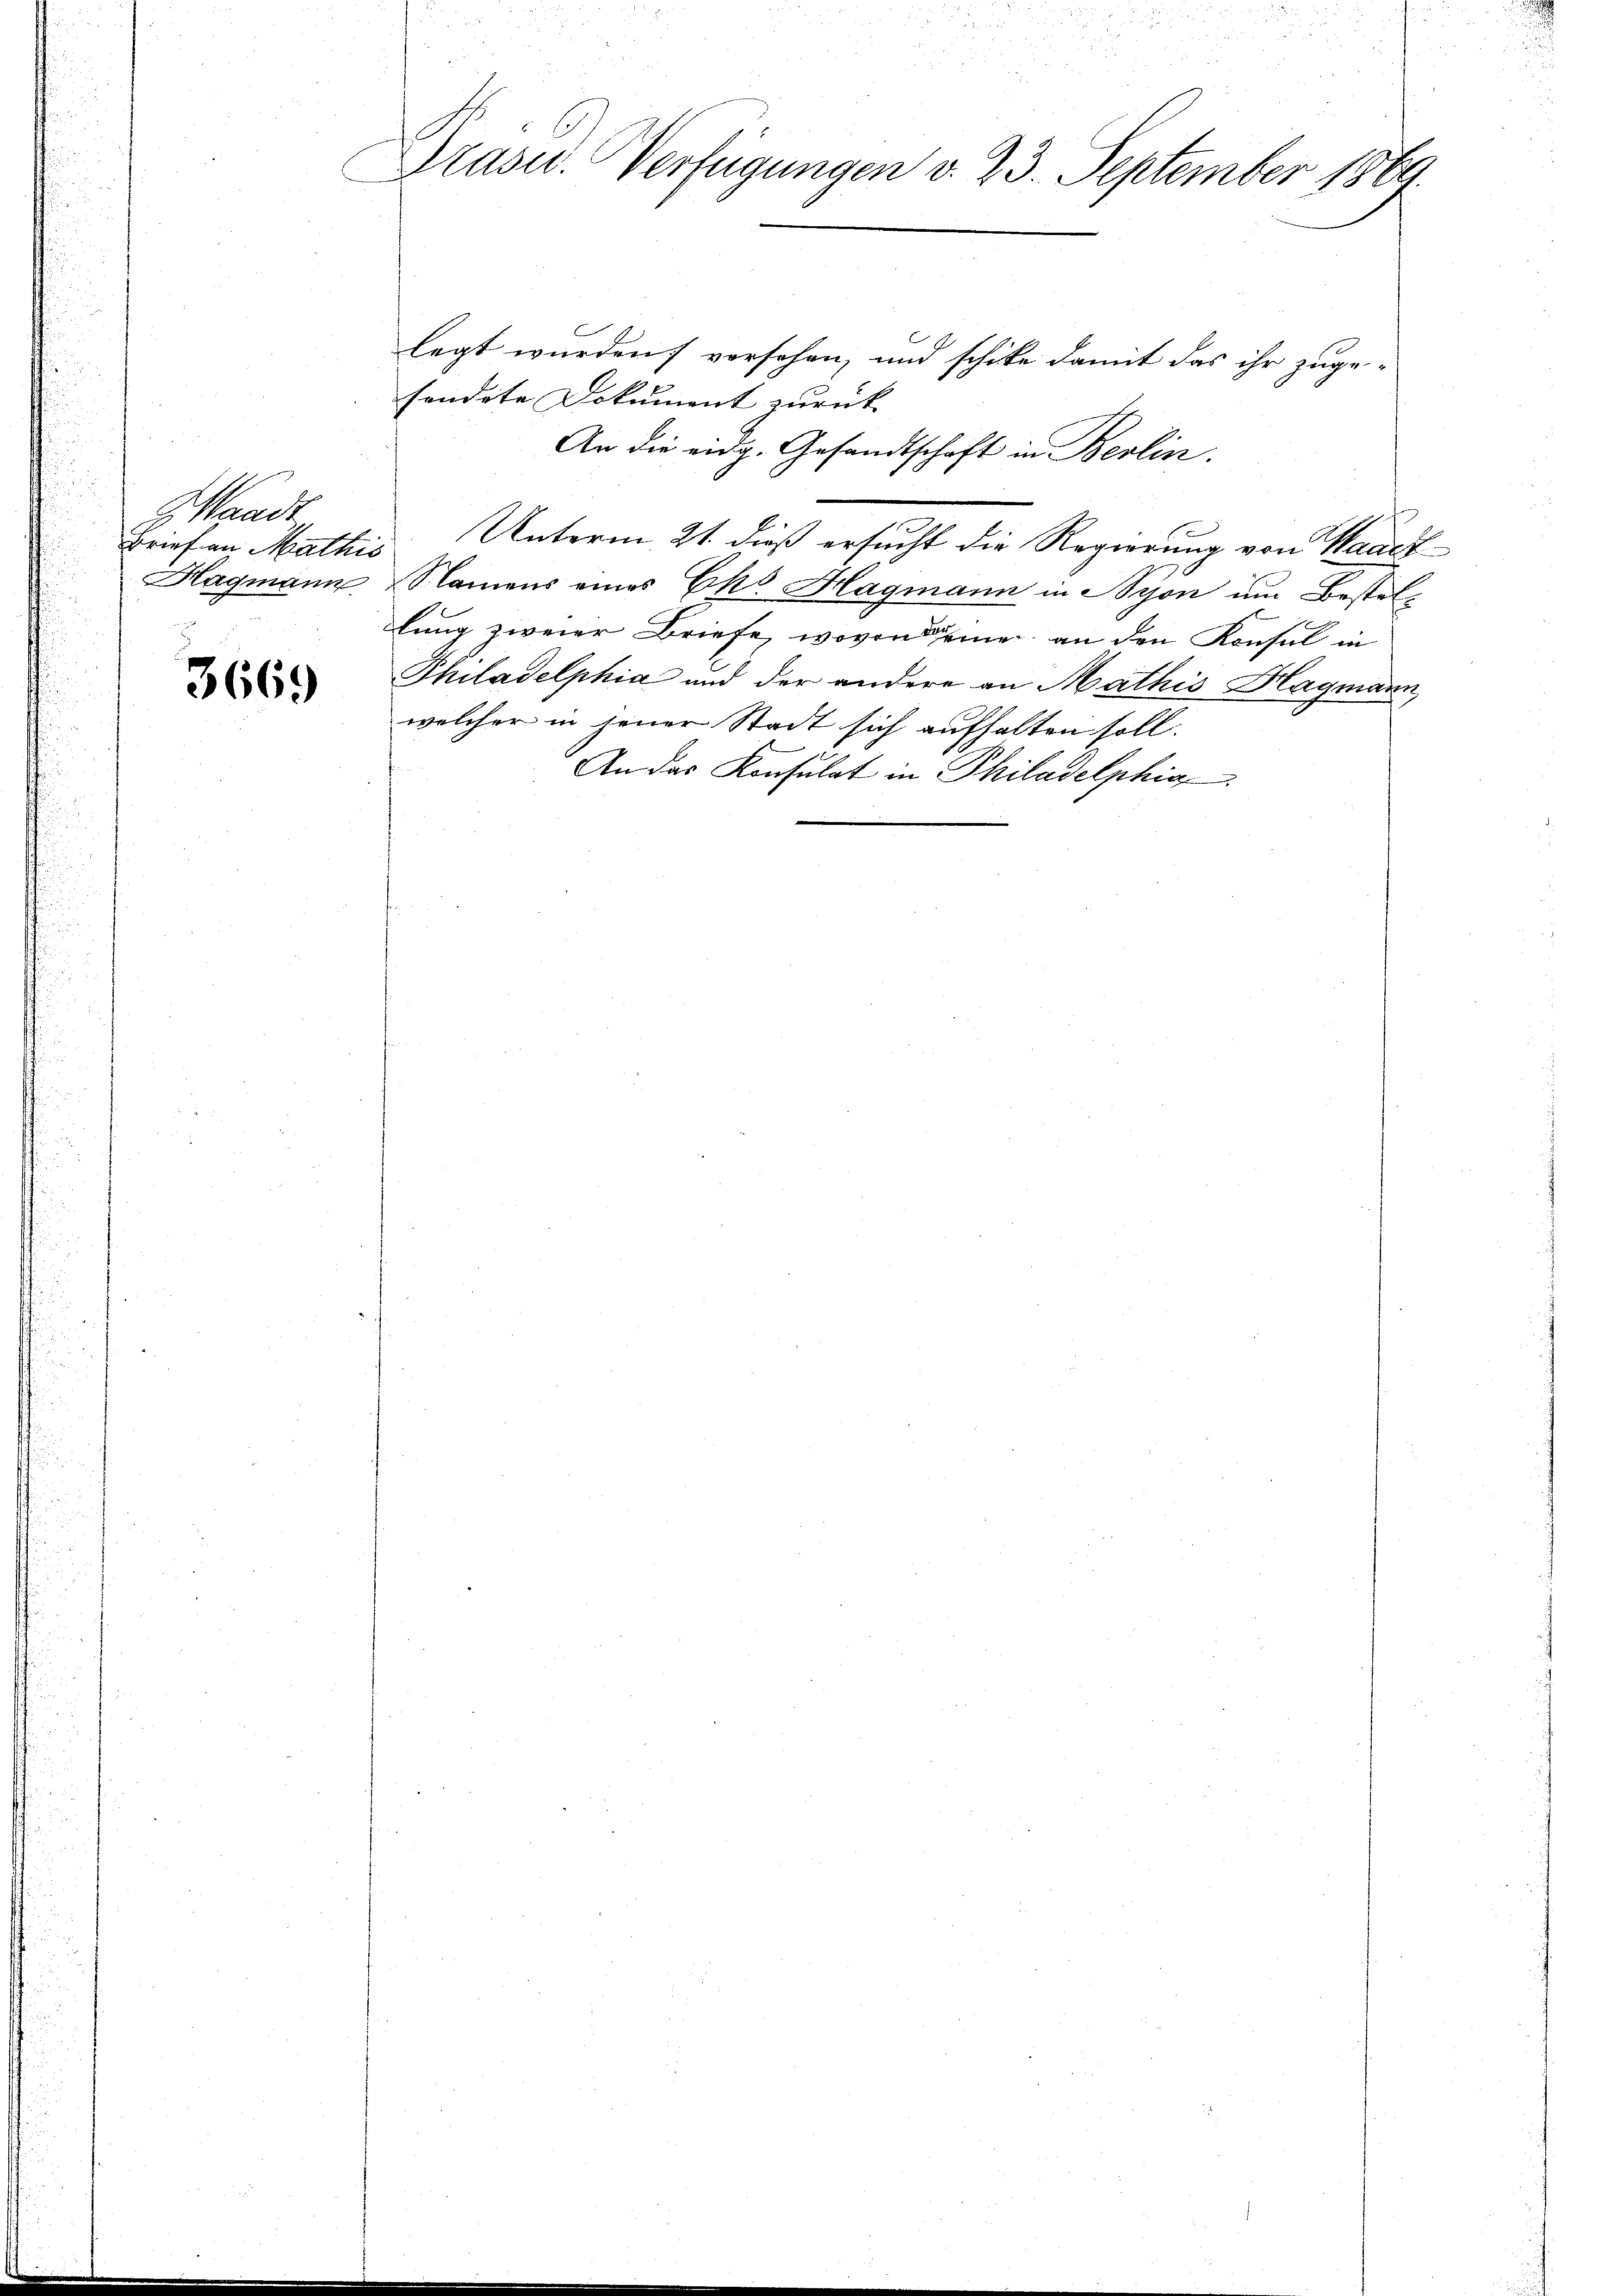
Waadt
Brief an Mathis

3669

u
Präsid.. Verfügungen v. 23. September 1869.

legt wurden; versehen, und schicke damit das ihr zuge-
sondete Dokument zurück
An die eidg. Gesandtschaft in Berlin.
Unterm 21. dieß ersucht die Regierung von Waadt
Hagmann Namens eines Pkt. Hagmann in Lyon um Bestellung zweier Briefe, wovon Dame, an den Konsul in
Philadelphia und der andere an Mathis Hagmann,
welcher in jener Stadt sich aufhalten soll.
An das Konsulat in Philadelphige

recht nun de
hüte u. d
.